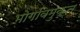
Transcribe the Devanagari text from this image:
भोगविमुक्त